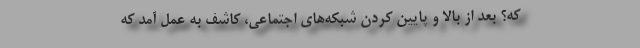
که؟ بعد از بالا و پایین کردن شبکه‌های اجتماعی، کاشف به عمل آمد که